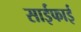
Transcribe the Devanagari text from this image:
साईफाई